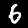
Digit: 6